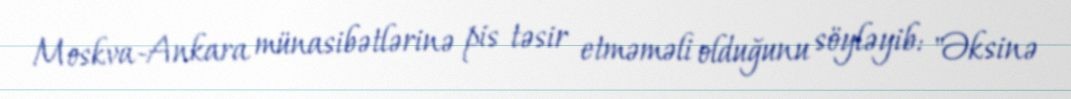
Moskva-Ankara münasibətlərinə pis təsir etməməli olduğunu söyləyib: "Əksinə